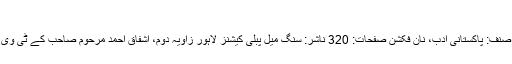
گبریل …	101-زاویہ دوم از اشفاق احمد
زاویہ دوم از اشفاق احمد مصنف: اشفاق احمد صنف: پاکستانی ادب، نان فکشن صفحات: 320 ناشر: سنگ میل پبلی کیشنز لاہور زاویہ دوم، اشفاق احمد مرحوم صاحب کے ٹی وی پروگرام زاویہ کے متن کا دوسرا حصہ ہے۔